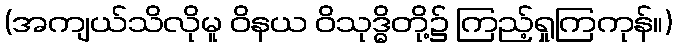
(အကျယ်သိလိုမူ ဝိနယ ဝိသုဒ္ဓိတို့၌ ကြည့်ရှုကြကုန်။)